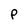
Character: P